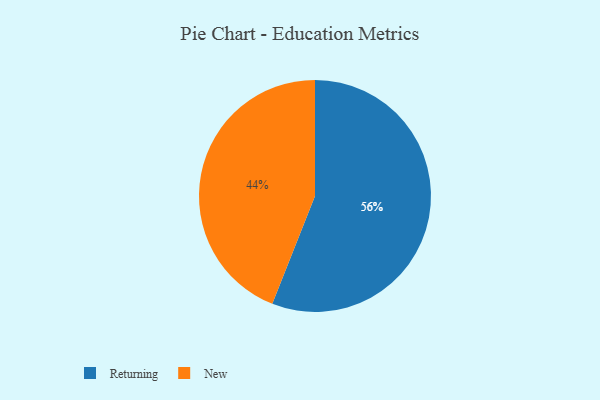
{"axis": {"x": "Category", "y": "Percentage"}, "legend": ["New", "Returning"], "data": [{"x": "Returning", "y": 56, "type": "Returning"}, {"x": "New", "y": 44, "type": "New"}]}